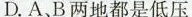
D.A B两地都是低压